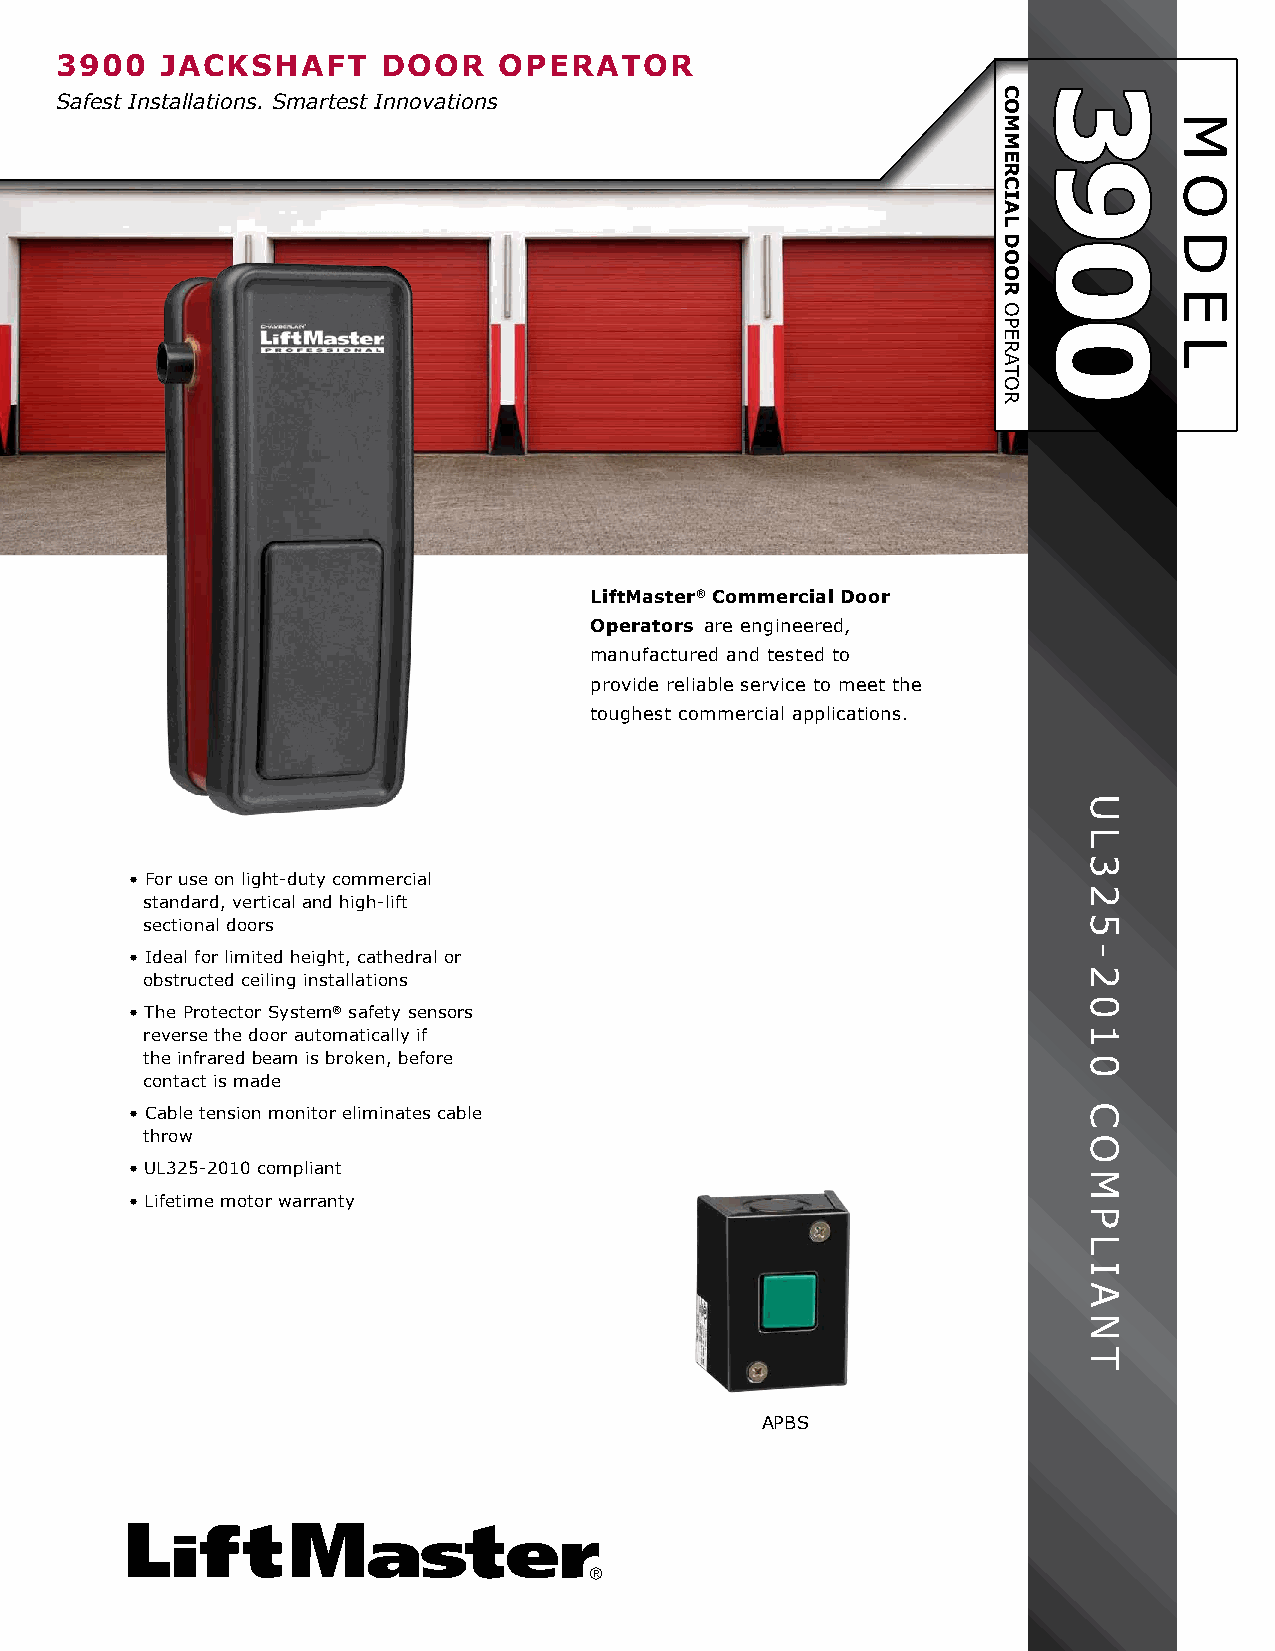
3900   JACKSHAFT     DOOR    OpeRATOR
 Safest Installations. Smartest Innovations
 LiftMaster® Commercial Door
 Operators are engineered,
 manufactured and tested to
 provide reliable service to meet the
 toughest commercial applications.
 • For use on light-duty commercial
 standard, vertical and high-lift
 sectional doors
 • Ideal for limited height, cathedral or
 obstructed ceiling installations
 • The Protector System® safety sensors
 reverse the door automatically if
 the infrared beam is broken, before
 contact is made
 • Cable tension monitor eliminates cable
 throw
 • UL325-2010 compliant
 • Lifetime motor warranty
 APBS
 COMMeRCIAL
 DOOR
 OPERATOR
 3900
 UL325-2010
 COMPLIANT
 M
 O
 D
 E
 L